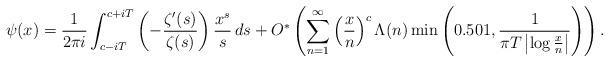
LaTeX: \begin{align*}\psi(x)=\frac{1}{2\pi i}\int_{c-iT}^{c+iT} \left(-\frac{\zeta'(s)}{\zeta(s)}\right) \frac{x^s}{s}\, ds+O^*\left(\sum_{n=1}^\infty\left(\frac{x}{n}\right)^c\Lambda(n)\min\left(0.501,\frac{1}{\pi T\left|\log\frac{x}{n}\right|}\right)\right).\end{align*}